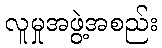
လူမှုအဖွဲ့အစည်း